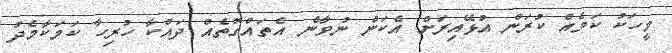
މީހަކު ކަމެއް ކުރަން އުޅޭއިރަށް އެކަން ނުވާނެ އެތައްގޮތެއް ދައްކާ ހުރިހާ ކަމަކާމެދު